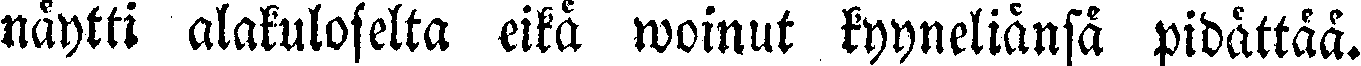
näytti alakuloselta eikä woinut kyyneliänsä pidättää.